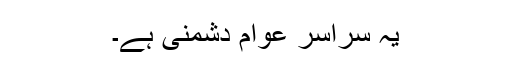
یہ سراسر عوام دشمنی ہے۔